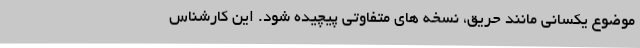
موضوع یکسانی مانند حریق، نسخه های متفاوتی پیچیده شود. این کارشناس